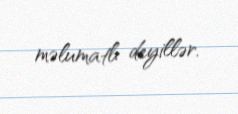
məlumatlı deyillər.